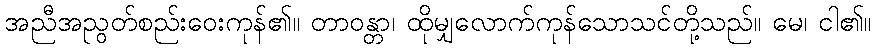
အညီအညွတ်စည်းဝေးကုန်၏။ တာဝန္တာ၊ ထိုမျှလောက်ကုန်သောသင်တို့သည်။ မေ၊ ငါ၏။